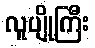
လူပျိုကြီး